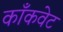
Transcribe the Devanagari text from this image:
काँकवेट